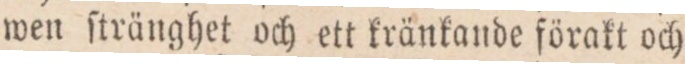
wen ſtränghet och ett kränkande förakt och